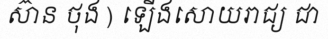
ស៊ាន ថុង ) ឡើងសោយរាជ្យ ជា